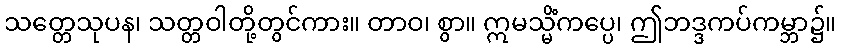
သတ္တေသုပန၊ သတ္တဝါတို့တွင်ကား။ တာဝ၊ စွာ။ ဣမသ္မိံကပ္ပေ၊ ဤဘဒ္ဒကပ်ကမ္ဘာ၌။